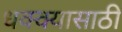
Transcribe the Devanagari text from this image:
धक्क्यासाठी